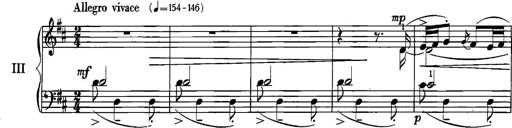
Title: Sonatina for Piano
Composer: BÃ©la BartÃ³k